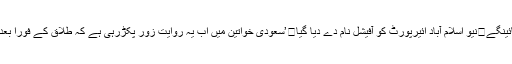
نام جا ن کر آپ بھی خو ش ہو جائینگے	نیو اسلام آباد ائیرپورٹ کو آفیشل نام دے دیا گیا	’سعودی خواتین میں اب یہ روایت زور پکڑرہی ہے کہ طلاق کے فوراً بعد وہ لوگوں کو گھر بلاتی ہیں اور۔